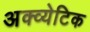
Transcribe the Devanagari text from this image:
अक्व्येटिक